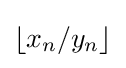
\lfloor x_{n}/y_{n}\rfloor